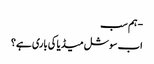
- ہم سب
اب سوشل میڈیا کی باری ہے؟